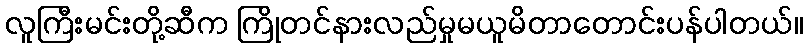
လူကြီးမင်းတို့ဆီက ကြိုတင်နားလည်မှုမယူမိတာတောင်းပန်ပါတယ်။